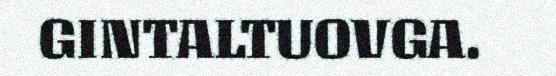
GINTALTUOVGA.